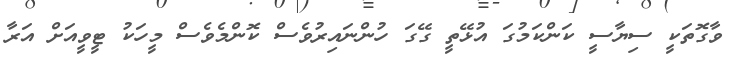
ވާގޮތަކީ ސިޔާސީ ކަންކަމުގަ އުޅޭތީ ގޭގަ ހުންނައިރުވެސް ކޮންމެވެސް މީހަކު ޓީވީއަށް އަރާ